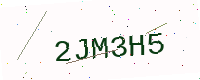
Text: 2JM3H5